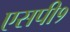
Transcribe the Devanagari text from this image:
एसपी१